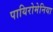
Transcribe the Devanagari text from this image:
पायिरोमेनिया